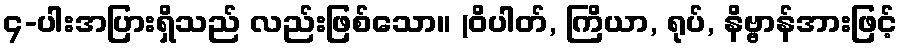
၄-ပါးအပြားရှိသည် လည်းဖြစ်သော။ (ဝိပါတ်, ကြိယာ, ရုပ်, နိဗ္ဗာန်အားဖြင့်